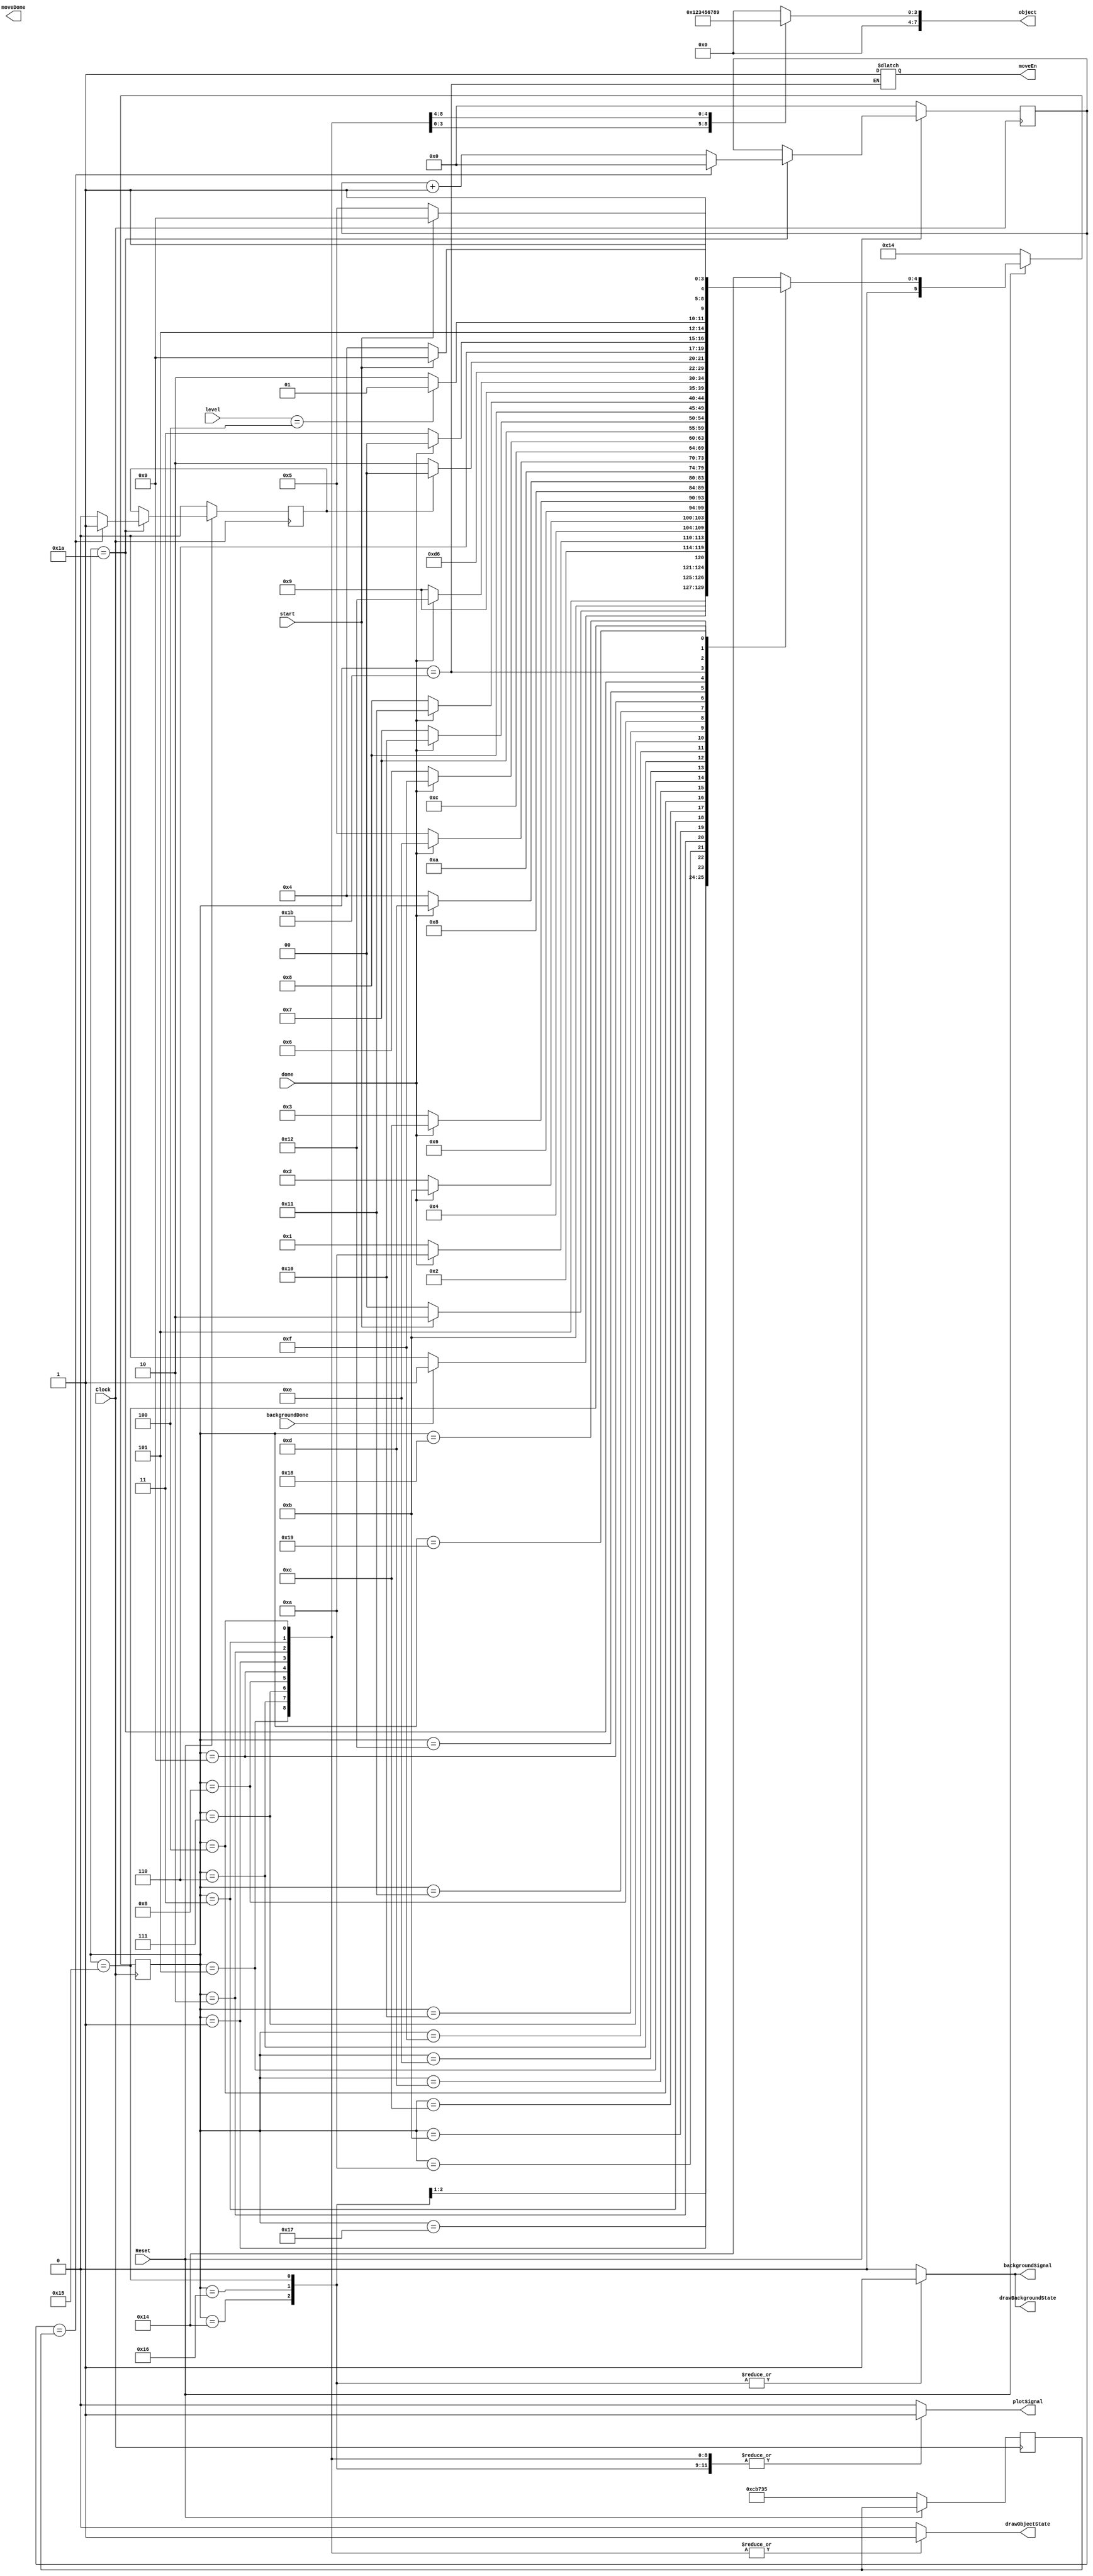
`timescale 1ns/1ns

module drawControl(moveDone, level, Clock, Reset, start, done, backgroundDone, plotSignal, backgroundSignal, object, drawObjectState, drawBackgroundState, moveEn);


input Clock, Reset, done, backgroundDone;
input start;
input [2:0]level;

output reg drawObjectState, drawBackgroundState;
output reg moveEn, moveDone;
output reg plotSignal;
output reg backgroundSignal;
output reg [7:0] object;

reg [5:0] current_state, next_state;
reg [28:0] rateDivider;
reg [28:0] frameCounter;
reg frameUpdate;

localparam 
DRAW_START = 5'd20,
DRAW_END = 5'd21,
DRAW_BACKGROUND = 5'd22,
WAIT_BACKGROUND = 5'd23,
CHECK_FINISHED = 5'd24,
DRAW_END_WAIT = 5'd25,

NEXT_FRAME = 5'd26,
MOVE = 5'd27,

DRAW_ROCKET = 5'd1,
DRAW_ASTEROID1 = 5'd2,
DRAW_ASTEROID2 = 5'd3,
DRAW_ASTEROID3 = 5'd4,
DRAW_ASTEROID4 = 5'd5,
DRAW_ASTEROID5 = 5'd6,
DRAW_ASTEROID6 = 5'd7,
DRAW_ASTEROID7 = 5'd8,
DRAW_ASTEROID8 = 5'd9,


WAIT_ROCKET = 5'd10,
WAIT1 = 5'd11,
WAIT2 = 5'd12,
WAIT3 = 5'd13,
WAIT4 = 5'd14,
WAIT5 = 5'd15,
WAIT6 = 5'd16,
WAIT7 = 5'd17,
WAIT8 = 5'd18;



always @(*)
begin: state_table
	case (current_state)
		DRAW_START: next_state = start ? DRAW_BACKGROUND : DRAW_START;
		DRAW_BACKGROUND: next_state = backgroundDone ? WAIT_BACKGROUND : DRAW_BACKGROUND;
		WAIT_BACKGROUND: next_state = DRAW_ROCKET;
		DRAW_ROCKET: next_state = done ? WAIT_ROCKET : DRAW_ROCKET;
		WAIT_ROCKET: next_state = DRAW_ASTEROID1;
		DRAW_ASTEROID1: next_state = done ? WAIT1 : DRAW_ASTEROID1;
		WAIT1: next_state = DRAW_ASTEROID2;	
		DRAW_ASTEROID2: next_state = done ? WAIT2: DRAW_ASTEROID2;	
		WAIT2: next_state = DRAW_ASTEROID3;	
		DRAW_ASTEROID3: next_state = done ? WAIT3: DRAW_ASTEROID3;	
		WAIT3: next_state = DRAW_ASTEROID4;	
		DRAW_ASTEROID4: next_state = done ? WAIT4 : DRAW_ASTEROID4;
		WAIT4: next_state = DRAW_ASTEROID5;	
		DRAW_ASTEROID5: next_state = done ? WAIT5 : DRAW_ASTEROID5;
		WAIT5: next_state = DRAW_ASTEROID6;	
		DRAW_ASTEROID6: next_state = done ? WAIT6 : DRAW_ASTEROID6;
		WAIT6: next_state = DRAW_ASTEROID7;			
		DRAW_ASTEROID7: next_state = done ? WAIT7 : DRAW_ASTEROID7;
		WAIT7: next_state = DRAW_ASTEROID8;	
		DRAW_ASTEROID8: next_state = done ? WAIT8 : DRAW_ASTEROID8;
		WAIT8: next_state = NEXT_FRAME;	
		 
		NEXT_FRAME: next_state = frameUpdate ? CHECK_FINISHED : NEXT_FRAME;
		
		MOVE: next_state = done ? CHECK_FINISHED : MOVE;
		
		CHECK_FINISHED: next_state = (level == 3'b100) ? DRAW_END : DRAW_BACKGROUND;
		
		DRAW_END: next_state = start ? DRAW_END_WAIT : DRAW_END;
		DRAW_END_WAIT: next_state = start ? DRAW_END_WAIT : DRAW_START;
		
		
		default: next_state = DRAW_START;
	endcase
end


always @(*)
begin: enable_signals
	plotSignal = 0;
	backgroundSignal = 0;
	object = 0;
	drawBackgroundState = 0;
	drawObjectState = 0;
	
case (current_state)

	DRAW_START: begin
	backgroundSignal = 1;
	plotSignal = 1;
	drawBackgroundState = 1;
	end
	
	DRAW_END: begin
	backgroundSignal = 1;
	plotSignal = 1;
	drawBackgroundState = 1;
	end
	
	DRAW_BACKGROUND: begin
	backgroundSignal = 1;
	plotSignal = 1;
	drawBackgroundState = 1;
	end
	
	DRAW_ROCKET: begin
	object = 4'd1;
	plotSignal = 1;
	drawObjectState = 1;
	end
	
	DRAW_ASTEROID1: begin
	object = 4'd2;
	plotSignal = 1;
	drawObjectState = 1;
	end
	
	DRAW_ASTEROID2: begin
	object = 4'd3;
	plotSignal = 1;
	drawObjectState = 1;
	end
	
	DRAW_ASTEROID3: begin
	object = 4'd4;
	plotSignal = 1;
	drawObjectState = 1;
	end
	
	DRAW_ASTEROID4: begin
	object = 4'd5;
	plotSignal = 1;
	drawObjectState = 1;
	end
	
	DRAW_ASTEROID5: begin
	object = 4'd6;
	plotSignal = 1;
	drawObjectState = 1;
	end
	
	DRAW_ASTEROID6: begin
	object = 4'd7;
	plotSignal = 1;
	drawObjectState = 1;
	end
	
	DRAW_ASTEROID7: begin
	object = 4'd8;
	plotSignal = 1;
	drawObjectState = 1;
	end
	
	DRAW_ASTEROID8: begin
	object = 8'd9;
	plotSignal = 1;
	drawObjectState = 1;
	end
	
	MOVE: begin
	moveEn = 1;
	end
	
	endcase
end

	
	
	//current state registers
always @(posedge Clock)
begin: state_FFs
	if (!Reset) begin
		current_state <= DRAW_START;
		frameUpdate <= 0;
		frameCounter <= 0;
		rateDivider <= 833333; //50 MHz clock to 60Hz
//		rateDivider <= 40; //500Hz simulation clock to 60Hz
	end
	else begin
		current_state <= next_state;
			if (current_state == NEXT_FRAME) begin
				if (frameCounter == rateDivider) begin
					frameCounter <= 0;
					frameUpdate <= 1;
				end
				else begin
					frameCounter <= frameCounter + 1;
					frameUpdate <= 0;
				end		
		end
	end
end


endmodule